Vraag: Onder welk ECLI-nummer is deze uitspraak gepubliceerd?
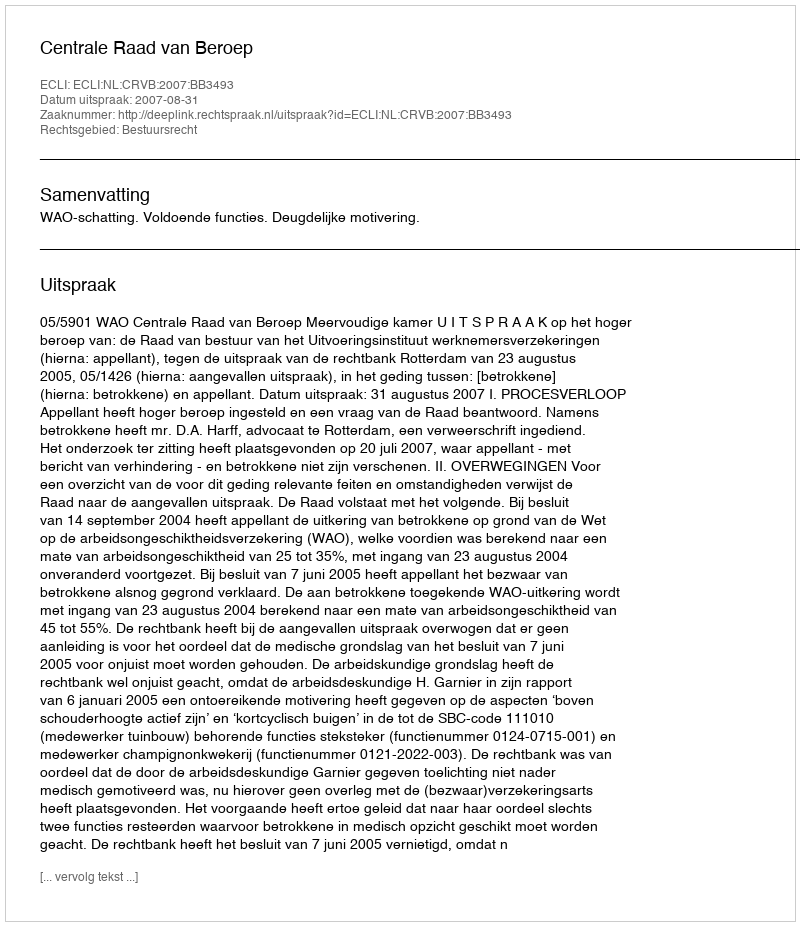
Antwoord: ECLI:NL:CRVB:2007:BB3493